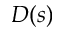
D ( s )